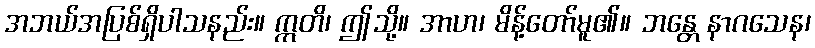
အဘယ်အပြစ်ရှိပါသနည်း။ ဣတိ၊ ဤသို့။ အာဟ၊ မိန့်တော်မူ၏။ ဘန္တေ နာဂသေန၊